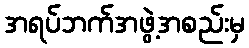
အရပ်ဘက်အဖွဲ့အစည်းမှ